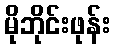
မိုဘိုင်းဖုန်း